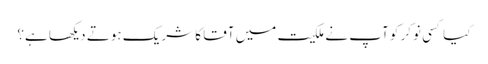
کیا کسی نوکر کو آپ نے ملکیت میں آقا کا شریک ہوتے دیکھا ہے؟